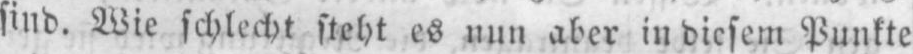
sind. Wie schlecht steht es nun aber in diesem Punkte